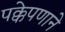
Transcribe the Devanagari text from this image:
पक्केपणाने